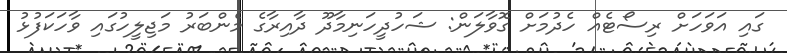
ގައި އަވަހަށް ރިސޯޓެއް ހެދުމަށް ގޮވާލަން: ޝަހުދީހަނިމާދޫ ދާއިރާގެ މެންބަރު މަޖިލީހުގައި ވާހަކަފުޅު